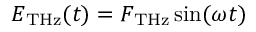
E _ { \mathrm { T H z } } ( t ) = F _ { \mathrm { T H z } } \sin ( \omega t )